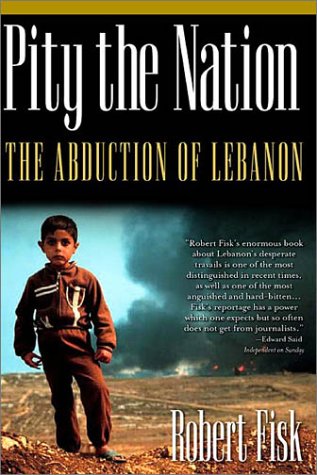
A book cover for Pity the Nation: The Abduction of Lebanon (Nation Books); Robert Fisk; History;